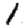
Digit: 1